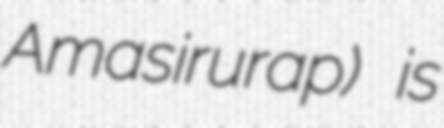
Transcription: Amasirurap) is